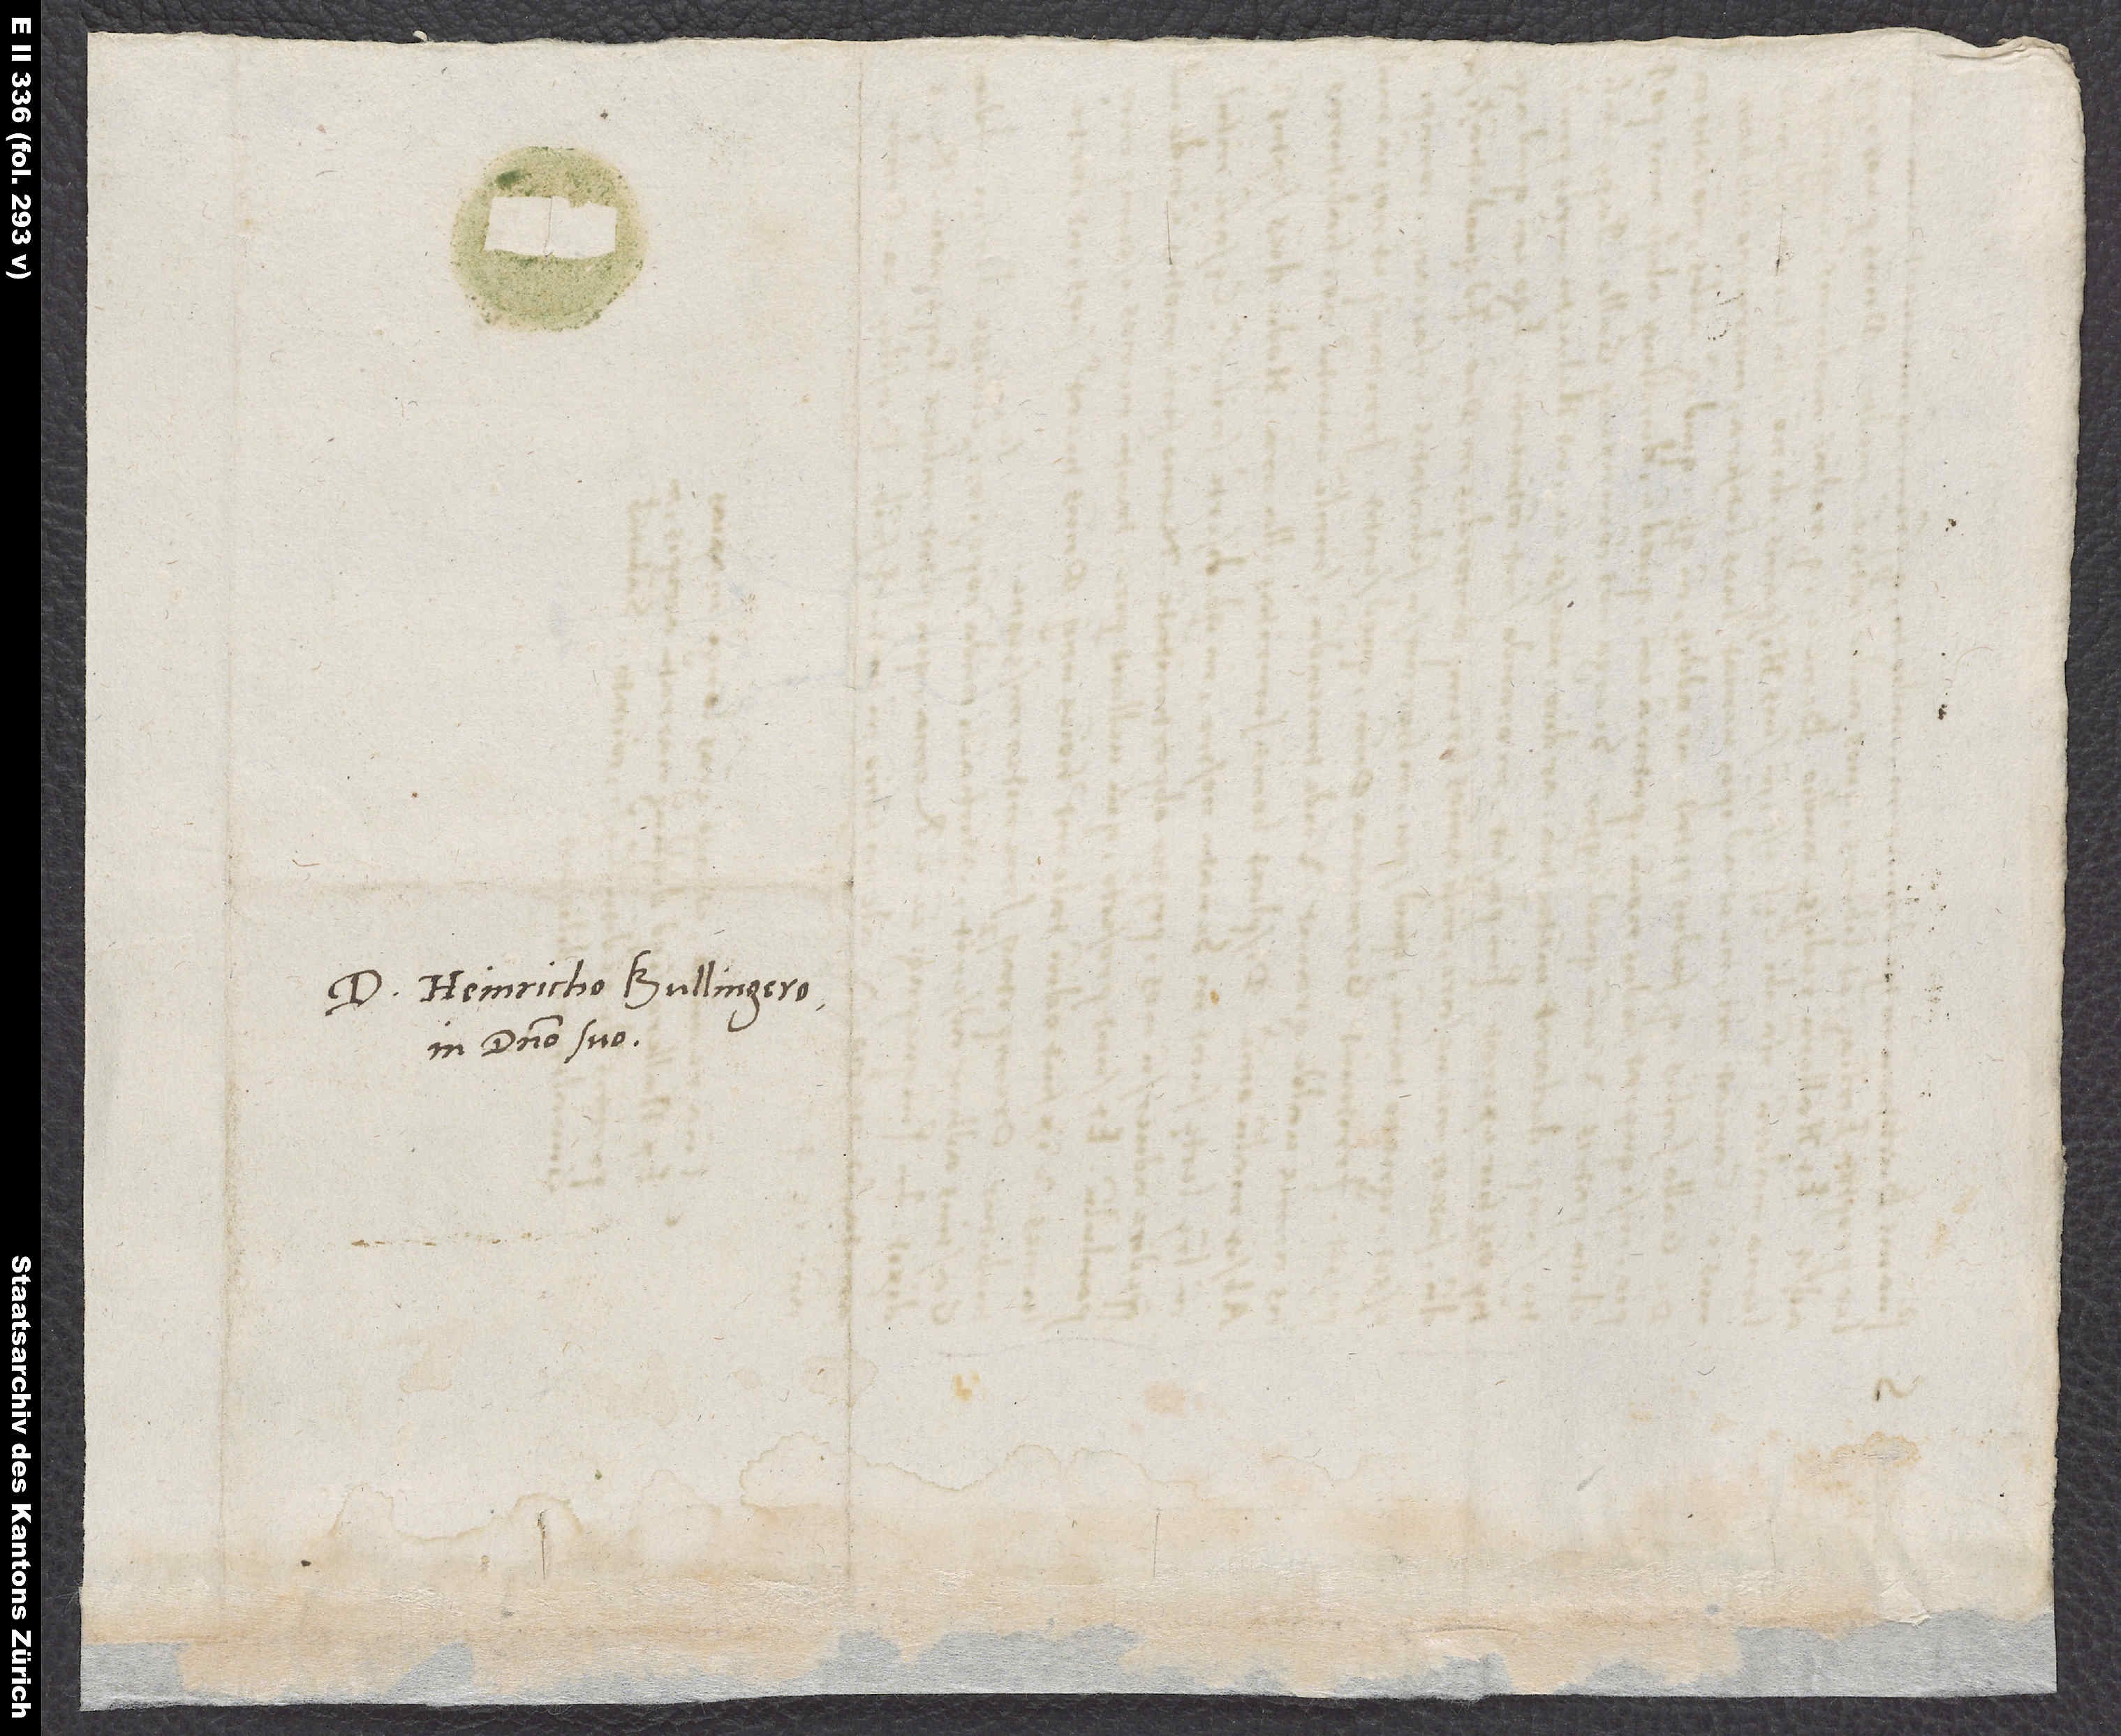
S.

D. Heinricho Bullingero,
in domino suo.